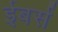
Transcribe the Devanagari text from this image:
ईबर्स